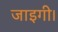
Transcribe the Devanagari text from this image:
जाइगी।